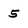
Character: 5